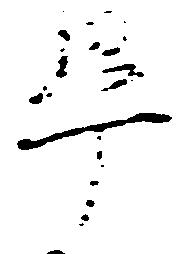
畢